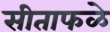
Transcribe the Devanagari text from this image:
सीताफळे